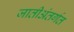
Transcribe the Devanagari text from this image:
जातीअंतर्गत